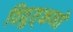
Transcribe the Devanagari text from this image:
विद्युत्‌कणों